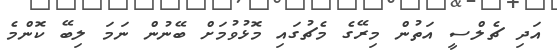
އަދި ޗެލްސީ އަތުން މިރޭގެ މެޗުގައި މޮޅުވުމަށް ބޭނުން ނަމަ ލިބޭ ކޮންމެ